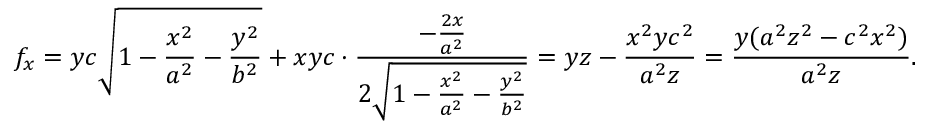
f _ { x } = y c \sqrt { 1 - \frac { x ^ { 2 } } { a ^ { 2 } } - \frac { y ^ { 2 } } { b ^ { 2 } } } + x y c \cdot \frac { - \frac { 2 x } { a ^ { 2 } } } { 2 \sqrt { 1 - \frac { x ^ { 2 } } { a ^ { 2 } } - \frac { y ^ { 2 } } { b ^ { 2 } } } } = y z - \frac { x ^ { 2 } y c ^ { 2 } } { a ^ { 2 } z } = \frac { y ( a ^ { 2 } z ^ { 2 } - c ^ { 2 } x ^ { 2 } ) } { a ^ { 2 } z } .